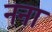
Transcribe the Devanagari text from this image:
नना